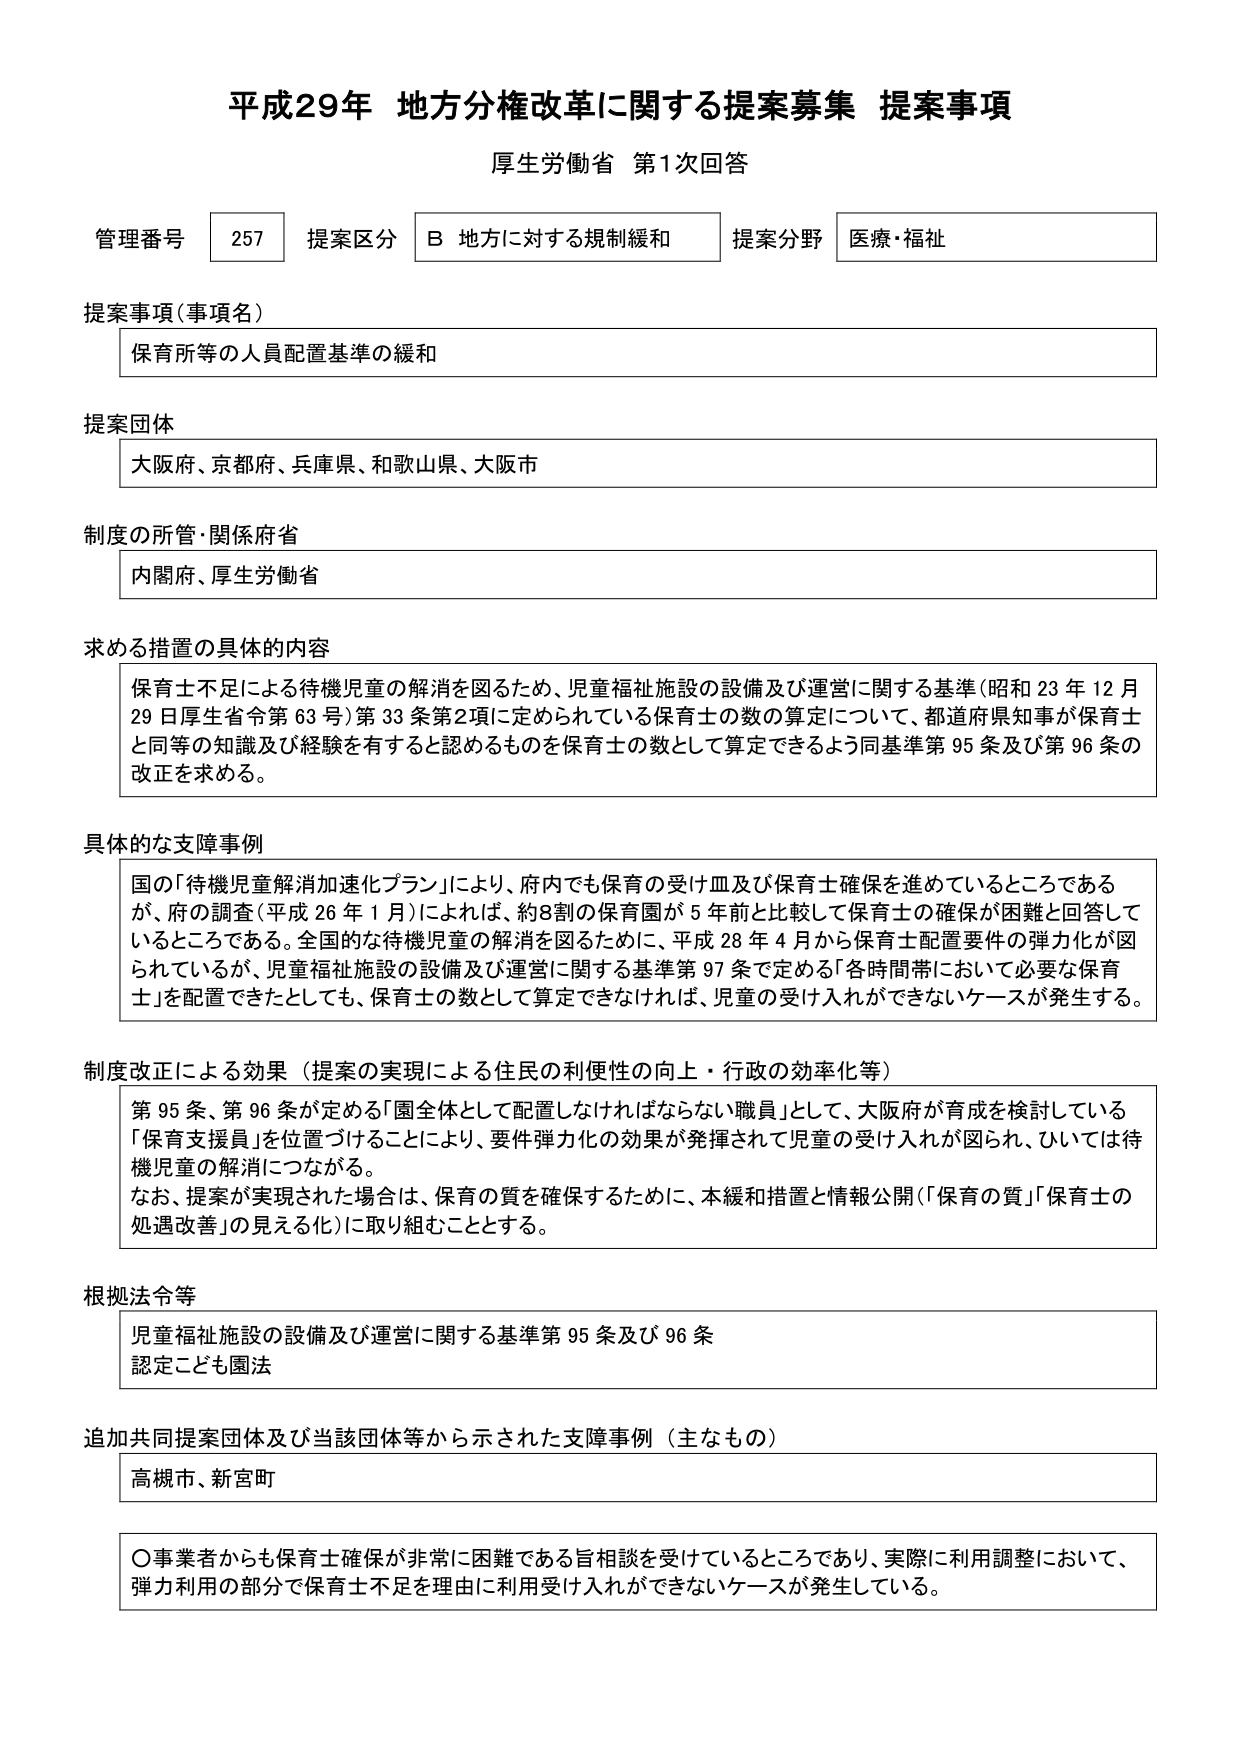
平成29年 地方分権改革に関する提案募集 提案事項
厚生労働省 第1次回答

管理番号 257 提案区分 B 地方に対する規制緩和 提案分野 医療・福祉

提案事項（事項名）
保育所等の人員配置基準の緩和

提案団体
大阪府、京都府、兵庫県、和歌山県、大阪市

制度の所管・関係府省
内閣府、厚生労働省

求める措置の具体的内容
保育士不足による待機児童の解消を図るため、児童福祉施設の設備及び運営に関する基準（昭和23年12月29日厚生省令第63号）第33条第2項に定められている保育士の数の算定について、都道府県知事が保育士と同等の知識及び経験を有すると認めるものを保育士の数として算定できるよう同基準第95条及び第96条の改正を求める。

具体的な支障事例
国の「待機児童解消加速化プラン」により、府内でも保育の受け皿及び保育士確保を進めているところであるが、府の調査（平成26年1月）によれば、約8割の保育園が5年前と比較して保育士の確保が困難と回答しているところである。全国的な待機児童の解消を図るために、平成28年4月から保育士配置要件の弾力化が図られているが、児童福祉施設の設備及び運営に関する基準第97条で定める「各時間帯において必要な保育士」を配置できたとしても、保育士の数として算定できなければ、児童の受け入れができないケースが発生する。

制度改正による効果（提案の実現による住民の利便性の向上・行政の効率化等）
第95条、第96条が定める「園全体として配置しなければならない職員」として、大阪府が育成を検討している「保育支援員」を位置づけることにより、要件弾力化の効果が発揮されて児童の受け入れが図られ、ひいては待機児童の解消につながる。
なお、提案が実現された場合は、保育の質を確保するために、本緩和措置と情報公開（「保育の質」「保育士の処遇改善」の見える化）に取り組むこととする。

根拠法令等
児童福祉施設の設備及び運営に関する基準第95条及び96条
認定こども園法

追加共同提案団体及び当該団体等から示された支障事例（主なもの）
高槻市、新宮町

〇事業者からも保育士確保が非常に困難である旨相談を受けているところであり、実際に利用調整において、弾力利用の部分で保育士不足を理由に利用受け入れができないケースが発生している。